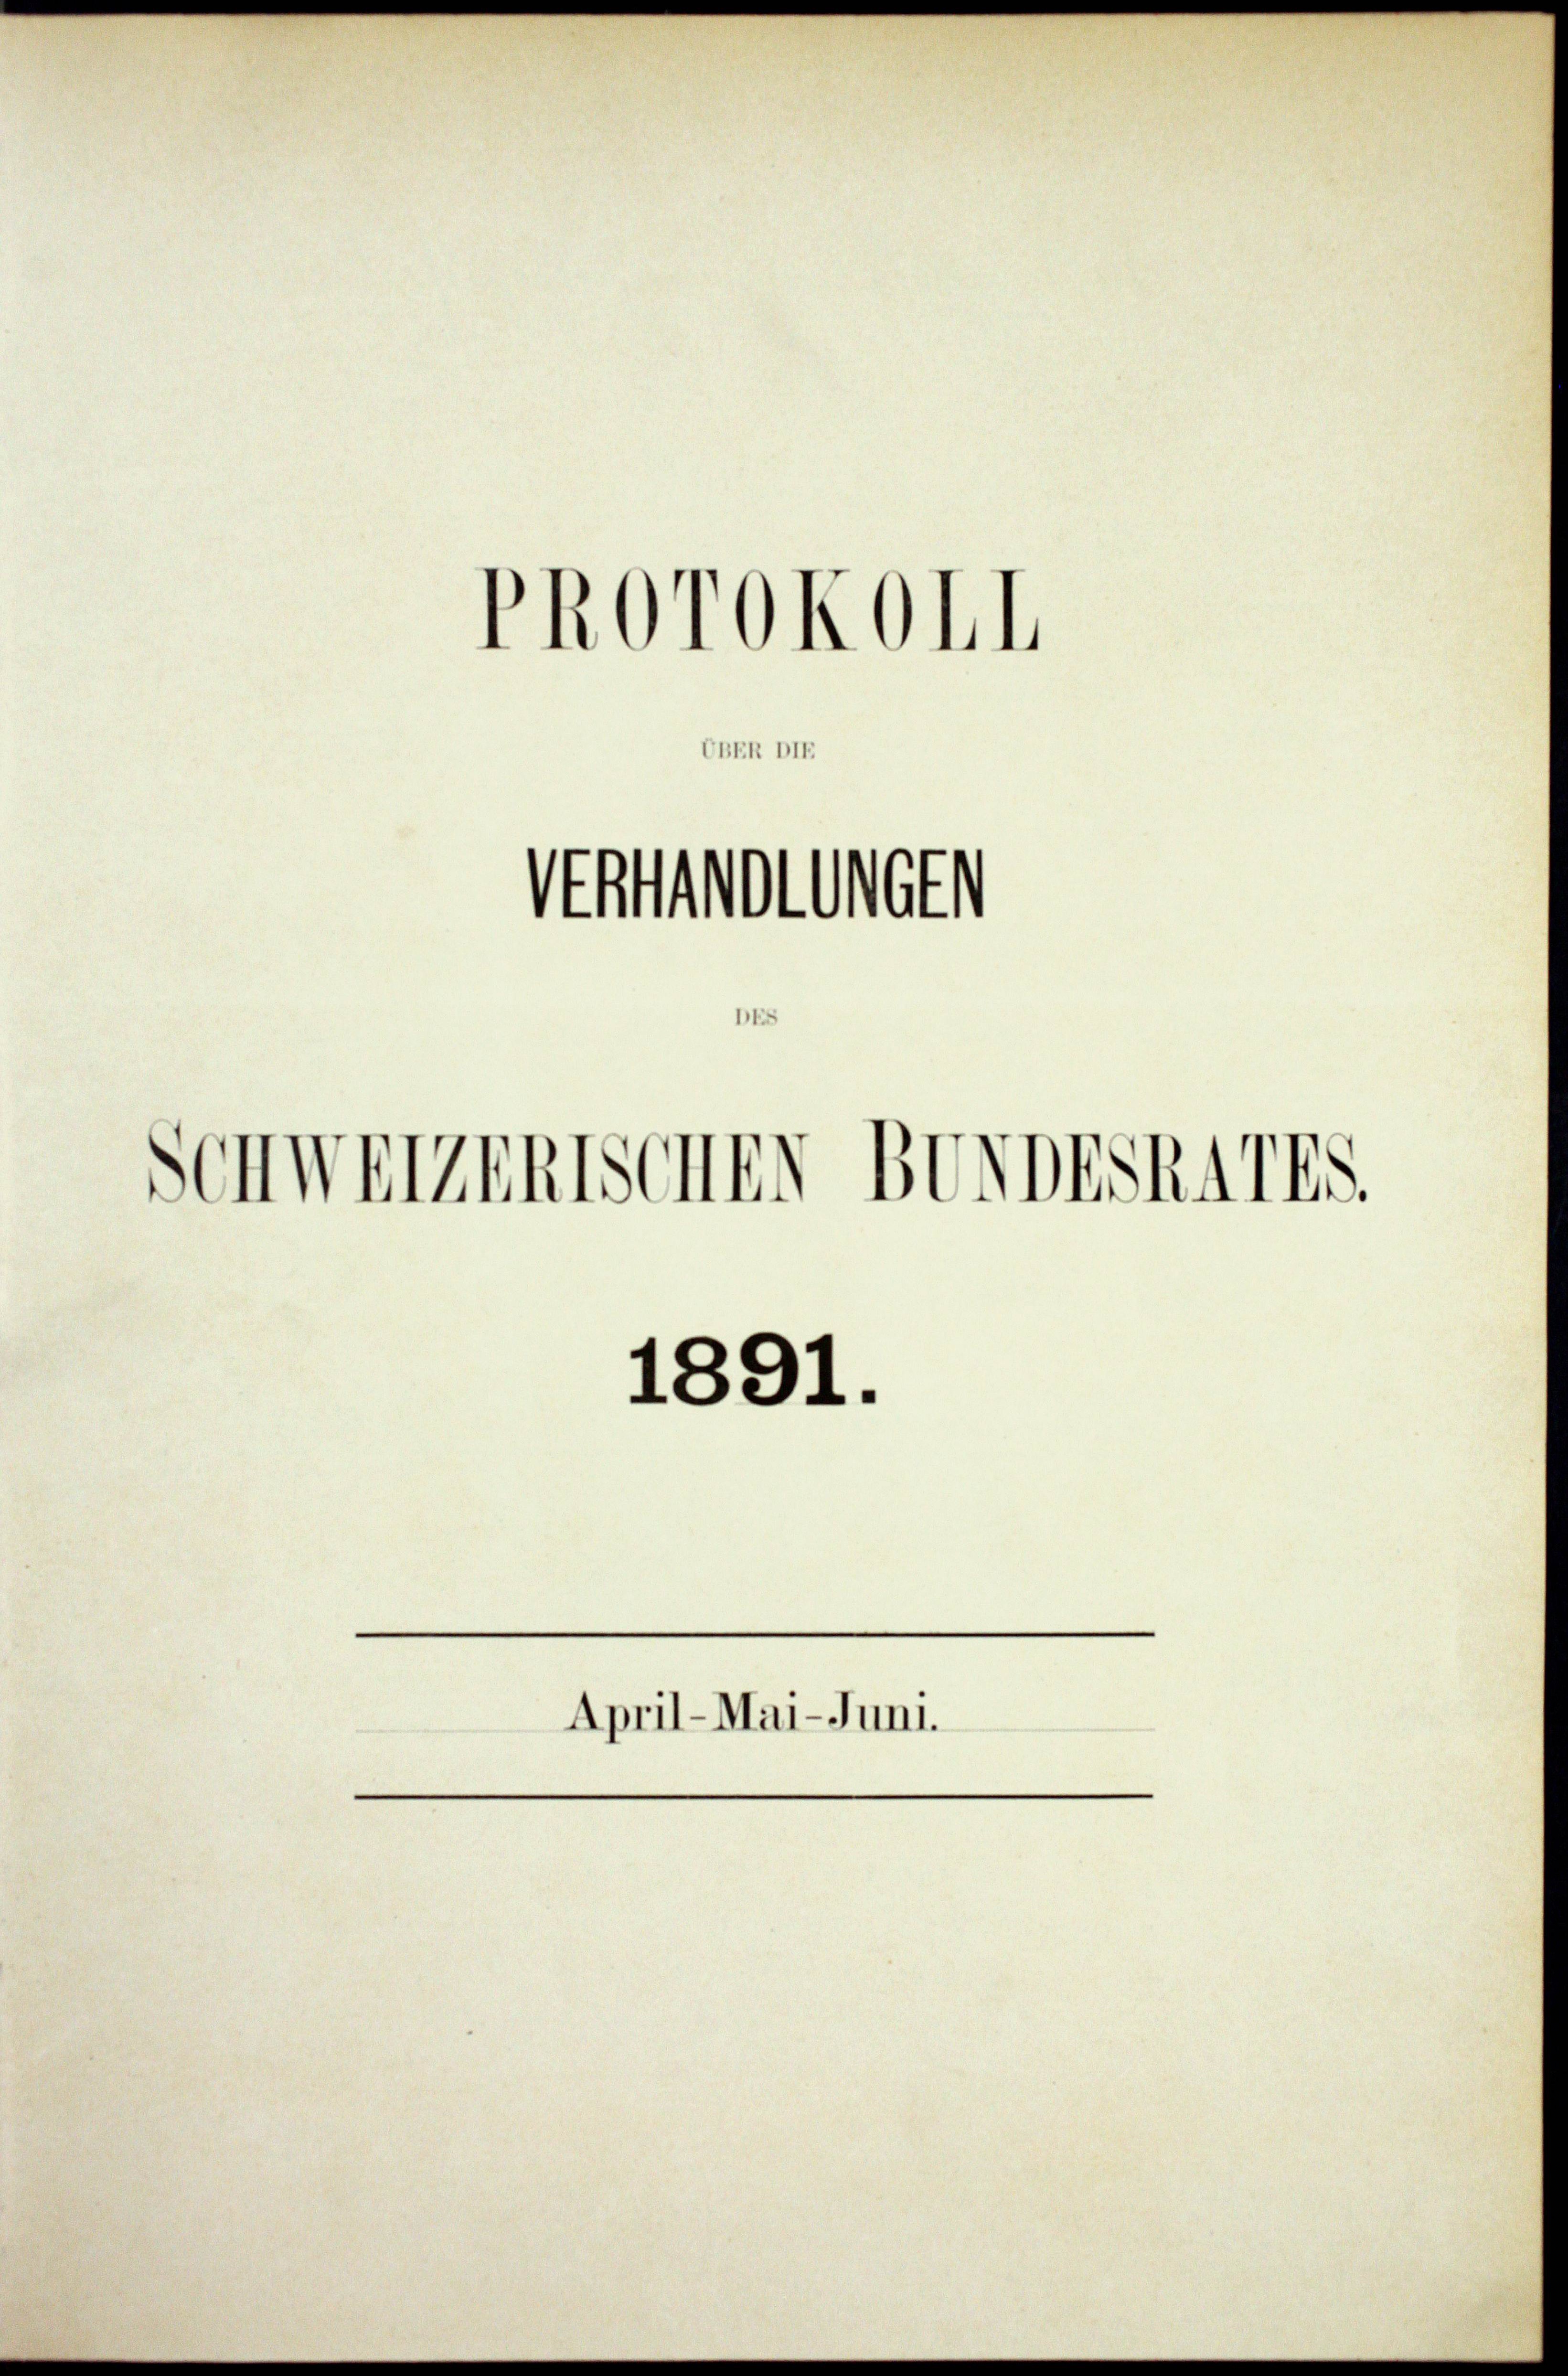
UBER DIE
¬
Vrtvollst

Schwerzenssenen Bevorst4775.

PRorokoll

April-Mai-Juni.

1891.